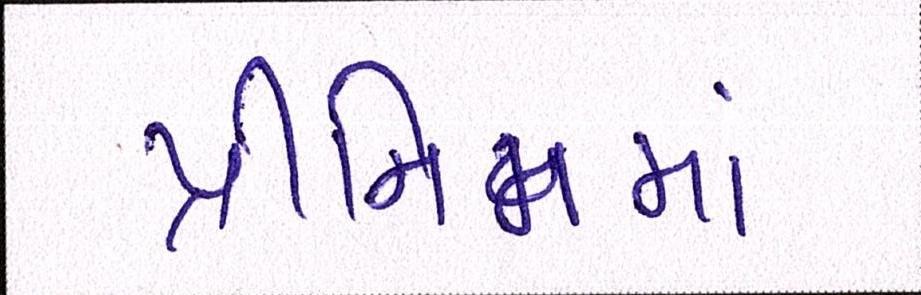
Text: પ્રીમિમમાં